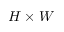
H \times W